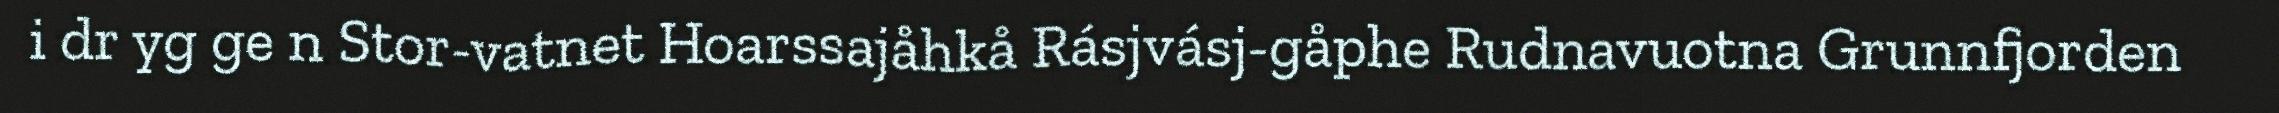
i dr yg ge n Stor-vatnet Hoarssajåhkå Rásjvásj-gåphe Rudnavuotna Grunnfjorden